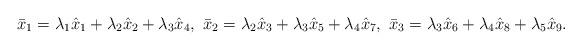
LaTeX: \begin{align*} \bar{x}_1 = \lambda_1 \hat{x}_1 + \lambda_2 \hat{x}_2 + \lambda_3 \hat{x}_4, \ \bar{x}_2 = \lambda_2 \hat{x}_3 + \lambda_3 \hat{x}_5 + \lambda_4 \hat{x}_7, \ \bar{x}_3 = \lambda_3 \hat{x}_6 + \lambda_4 \hat{x}_8 + \lambda_5 \hat{x}_9. \end{align*}